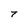
Character: 7